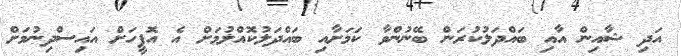
އަދި ޝާއިން އާއި ބައްދަލުކުރަން ބޭނުންވާ ކަމަށާއި ބައްދަލުކޮއްލުމަށް އެ އޮފީހަށް އައިސްދިނުމަށް